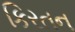
કિરતન